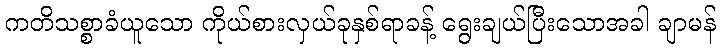
ကတိသစ္စာခံယူသော ကိုယ်စားလှယ်ခုနှစ်ရာခန့် ရွေးချယ်ပြီးသောအခါ ချာမန်